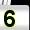
Digit: 5